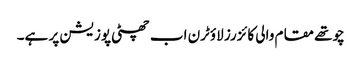
چوتھے مقام والی کائزرز لاؤٹرن اب چھٹی پوزیشن پر ہے۔